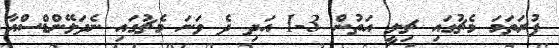
ފުރަތަމަ މެޗުގައި ޗިލީ އަތުން 3-1 އަދި ދެ ވަނަ މެޗުގައި ނެދަލޭންޑްސްއާ